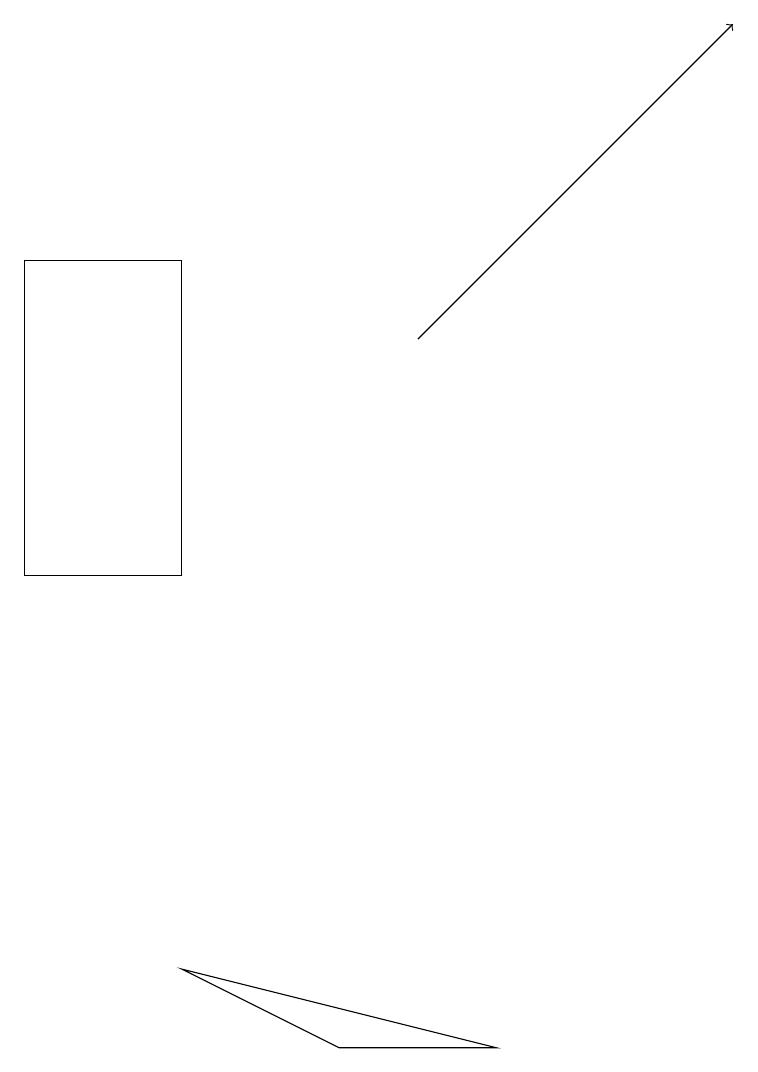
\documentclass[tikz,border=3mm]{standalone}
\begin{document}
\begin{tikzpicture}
\draw[->] (5,13) -- (9,17);
\draw (2,14) rectangle (0,10);
\draw (4,4) -- (2,5) -- (6,4) -- cycle;
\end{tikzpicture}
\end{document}